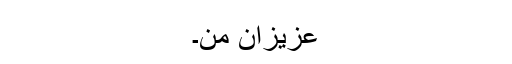
عزیزانِ من۔